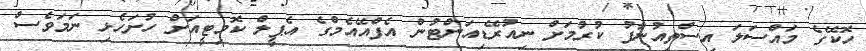
ހޮކޭގެ މައްސަލަ އިސްތިއުނާފު ކުރުމަށް ނިއުރޭޑިއަންޓުން އެފްއޭއެމްގެ އެޕީލް ކޮމިޓީއަށް ހުށަހެޅި ނަމަވެސް